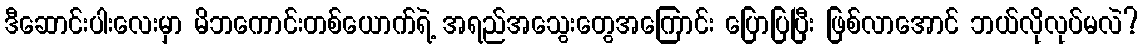
ဒီဆောင်းပါးလေးမှာ မိဘကောင်းတစ်ယောက်ရဲ့ အရည်အသွေးတွေအကြောင်း ပြောပြပြီး ဖြစ်လာအောင် ဘယ်လိုလုပ်မလဲ?